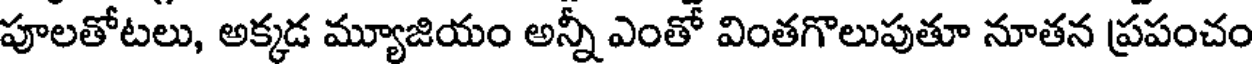
పూలతోటలు, అక్కడ మ్యూజియం అన్నీ ఎంతో వింతగొలుపుతూ నూతన ప్రపంచం